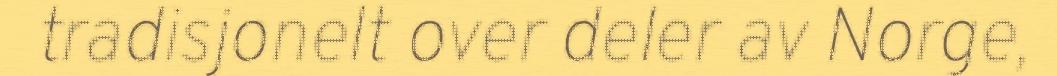
tradisjonelt over deler av Norge,